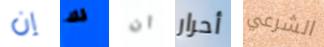
إن لك ان أحرار الشرعي